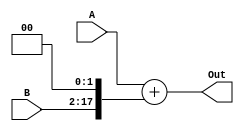
`timescale 1ns / 1ps
//////////////////////////////////////////////////////////////////////////////////
// Company: 
// Engineer: 
// 
// Design Name: 
// Module Name: PCAdderBranch
// Project Name: 
// Target Devices: 
// Tool Versions: 
// Description: 
// 
// Dependencies: 
// 
// Revision:
// Revision 0.01 - File Created
// Additional Comments:
// 
//////////////////////////////////////////////////////////////////////////////////


module PCAdderBranch(A, B, Out);
    input [31:0] A;
    input [15:0] B;
    output reg [31:0] Out;
    reg [17:0] temp;
    
    always @(*)
    begin
        temp = B << 2;
        Out = A + temp;
    end
endmodule